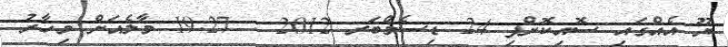
ޔޫ އެއްގައި ސޮއިކޮށްފި 24 ޑިސެމްބަރ 2012 : 19:27 މާލެއަށް މިހާރު